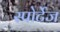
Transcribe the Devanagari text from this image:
स्पोर्टेज